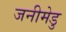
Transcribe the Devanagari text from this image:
जनीमेडु